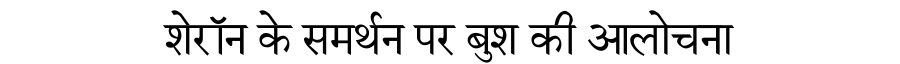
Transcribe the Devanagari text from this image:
शेरॉन के समर्थन पर बुश की आलोचना